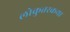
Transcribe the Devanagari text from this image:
लोकुत्तरकथा